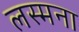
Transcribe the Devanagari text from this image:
लस्मना